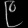
Digit: ၉